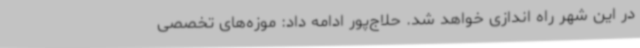
در این شهر راه اندازی خواهد شد. حلاج‌پور ادامه داد: موزه‌های تخصصی